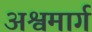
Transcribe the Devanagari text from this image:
अश्वमार्ग